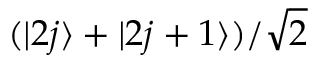
( | 2 j \rangle + | 2 j + 1 \rangle ) / \sqrt { 2 }